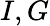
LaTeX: I,G